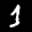
Label: 1